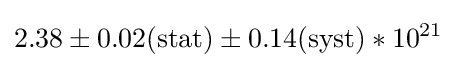
2.38\pm {0.02(\mathrm {stat} )}\pm {0.14(\mathrm {syst} )}*10^{21}